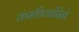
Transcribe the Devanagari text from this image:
कंसविध्वंसिने